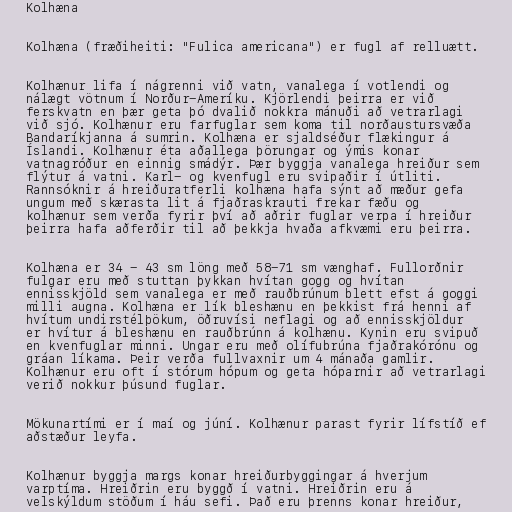
Kolhæna

Kolhæna (fræðiheiti: "Fulica americana") er fugl af relluætt.

Kolhænur lifa í nágrenni við vatn, vanalega í votlendi og
nálægt vötnum í Norður-Ameríku. Kjörlendi þeirra er við
ferskvatn en þær geta þó dvalið nokkra mánuði að vetrarlagi
við sjó. Kolhænur eru farfuglar sem koma til norðaustursvæða
Bandaríkjanna á sumrin. Kolhæna er sjaldséður flækingur á
Íslandi. Kolhænur éta aðallega þörungar og ýmis konar
vatnagróður en einnig smádýr. Þær byggja vanalega hreiður sem
flýtur á vatni. Karl- og kvenfugl eru svipaðir í útliti.
Rannsóknir á hreiðuratferli kolhæna hafa sýnt að mæður gefa
ungum með skærasta lit á fjaðraskrauti frekar fæðu og
kolhænur sem verða fyrir því að aðrir fuglar verpa í hreiður
þeirra hafa aðferðir til að þekkja hvaða afkvæmi eru þeirra.

Kolhæna er 34 - 43 sm löng með 58-71 sm vænghaf. Fullorðnir
fulgar eru með stuttan þykkan hvítan gogg og hvítan
ennisskjöld sem vanalega er með rauðbrúnum blett efst á goggi
milli augna. Kolhæna er lík bleshænu en þekkist frá henni af
hvítum undirstélþökum, öðruvísi neflagi og að ennisskjöldur
er hvítur á bleshænu en rauðbrúnn á kolhænu. Kynin eru svipuð
en kvenfuglar minni. Ungar eru með olífubrúna fjaðrakórónu og
gráan líkama. Þeir verða fullvaxnir um 4 mánaða gamlir.
Kolhænur eru oft í stórum hópum og geta hóparnir að vetrarlagi
verið nokkur þúsund fuglar.

Mökunartími er í maí og júní. Kolhænur parast fyrir lífstíð ef
aðstæður leyfa.

Kolhænur byggja margs konar hreiðurbyggingar á hverjum
varptíma. Hreiðrin eru byggð í vatni. Hreiðrin eru á
velskýldum stöðum í háu sefi. Það eru þrenns konar hreiður,